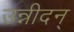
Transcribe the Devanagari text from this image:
उन्नीदन्